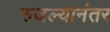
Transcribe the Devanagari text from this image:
रुजल्यानंतर